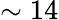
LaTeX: \sim 14